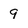
Character: 9